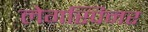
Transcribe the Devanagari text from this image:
लेगस्पिनर